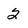
Character: 2